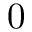
0